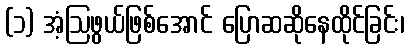
(၁) အံ့ဩဖွယ်ဖြစ်အောင် ပြောဆဆိုနေထိုင်ခြင်း၊